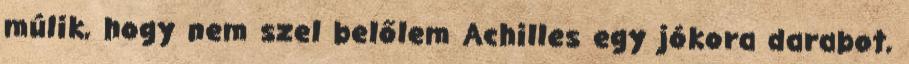
múlik, hogy nem szel belőlem Achilles egy jókora darabot,